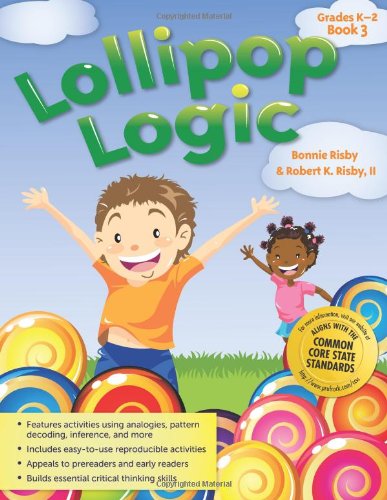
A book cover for Lollipop Logic, Book 3 (Grades K-2); Bonnie Risby; Humor & Entertainment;